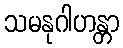
သမနုဂါဟန္တာ